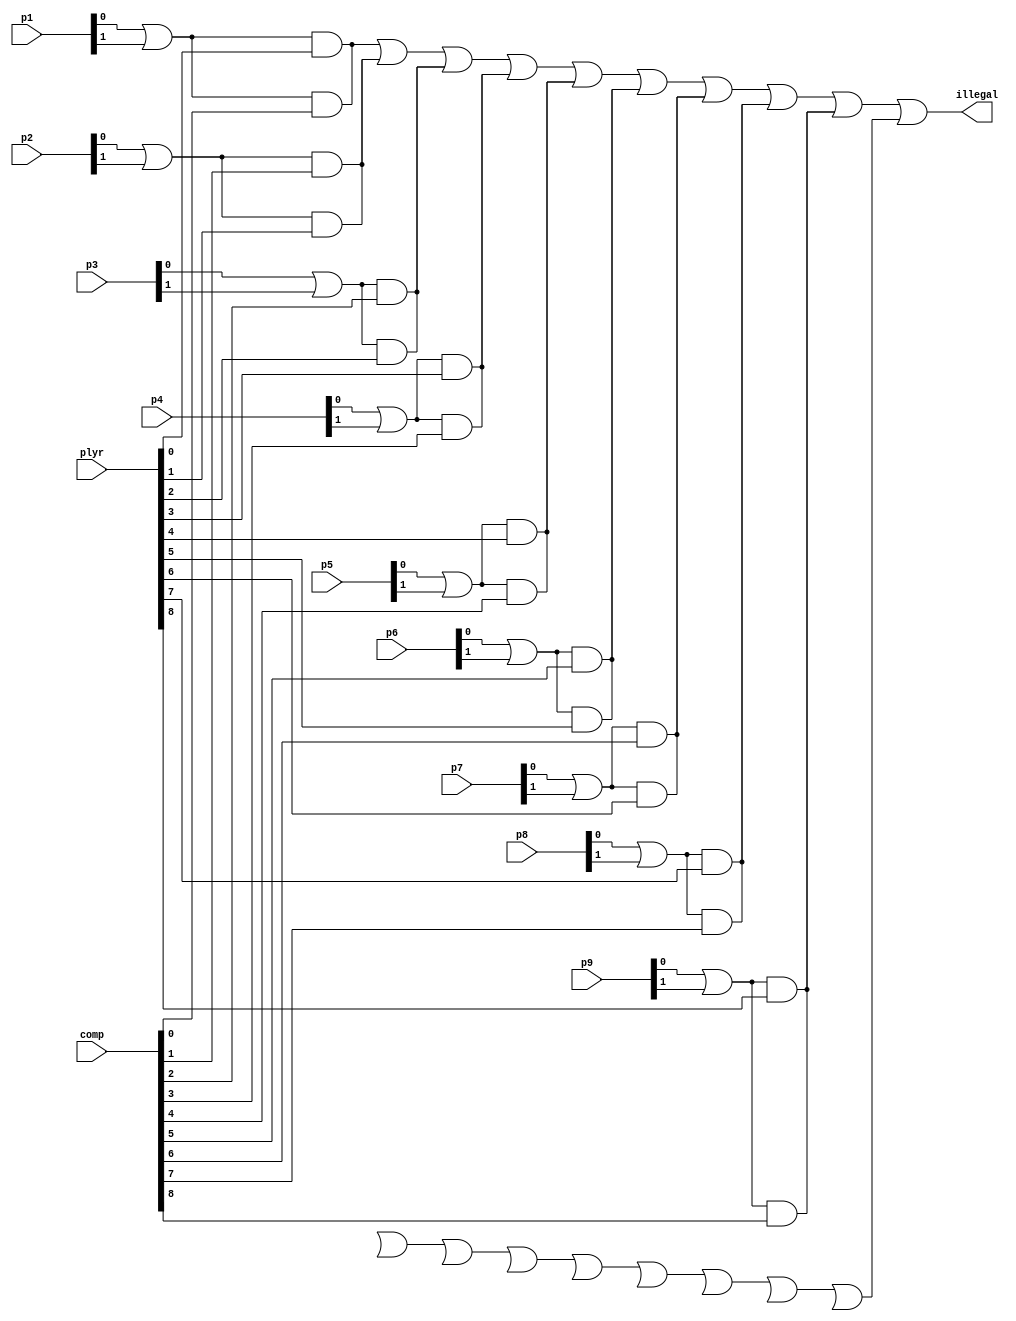
`timescale 1ps / 1ps
//////////////////////////////////////////////////////////////////////////////////
// Company: 
// Engineer: 
// 
// Design Name: 
// Module Name: illegal_detector
// Project Name: 
// Target Devices: 
// Tool Versions: 
// Description: 
// 
// Dependencies: 
// 
// Revision:
// Revision 0.01 - File Created
// Additional Comments:
// 
//////////////////////////////////////////////////////////////////////////////////


module illegal_detector(input[1:0] p1,p2,p3,p4,p5,p6,p7,p8,p9,input[8:0] comp,plyr, output illegal);
//in order to detect the wrong move.
// pi[0]& pi[1] will give me an idea if the position pi was filled initially or not.
//then and it with comp[i] or plyr[i];
wire t_p1,t_p2,t_p3,t_p4,t_p5,t_p6,t_p7,t_p8,t_p9;//pi[0]& pi[1]&plyr[i]
wire t_c1,t_c2,t_c3,t_c4,t_c5,t_c6,t_c7,t_c8,t_c9;//pi[0]& pi[1]& comp[i]
wire t_p,t_c;
// if computer or player had already marked a particular position say pi;
// then pi[1]| pi[0]=1 and if player or computer wants to mark at thet position only  then
// there and will become 1 and hence we will detect the illegal move.

//check where the player did the wrong .
assign t_p1= (p1[0]| p1[1])& plyr[0];
assign t_p2= (p2[0]| p2[1])& plyr[1];
assign t_p3= (p3[0]| p3[1])& plyr[2];
assign t_p4= (p4[0]| p4[1])& plyr[3];
assign t_p5= (p5[0]| p5[1])& plyr[4];
assign t_p6= (p6[0]| p6[1])& plyr[5];
assign t_p7= (p7[0]| p7[1])& plyr[6];
assign t_p8= (p8[0]| p8[1])& plyr[7];
assign t_p9= (p9[0]| p9[1])& plyr[8];


//check where the comp did the wrong .
assign t_p1= (p1[0]| p1[1])& comp[0];
assign t_p2= (p2[0]| p2[1])& comp[1];
assign t_p3= (p3[0]| p3[1])& comp[2];
assign t_p4= (p4[0]| p4[1])& comp[3];
assign t_p5= (p5[0]| p5[1])& comp[4];
assign t_p6= (p6[0]| p6[1])& comp[5];
assign t_p7= (p7[0]| p7[1])& comp[6];
assign t_p8= (p8[0]| p8[1])& comp[7];
assign t_p9= (p9[0]| p9[1])& comp[8];


assign t_p = t_p1|t_p2|t_p3|t_p4|t_p5|t_p6|t_p7|t_p8|t_p9;

assign t_c = t_c1|t_c2|t_c3|t_c4|t_c5|t_c6|t_c7|t_c8|t_c9;

assign illegal= t_p|t_c;

endmodule